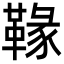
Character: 𩌁